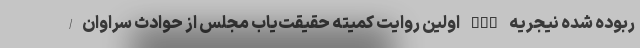
ربوده شده نیجریه nan اولین روایت کمیته حقیقت‌یاب مجلس از حوادث سراوان/